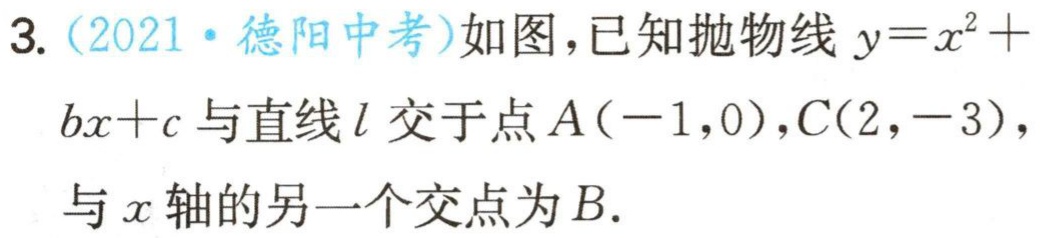
3. (2021·德阳中考)如图，已知抛物线\(y = x^{2}+bx + c\)与直线\(l\)交于点\(A(-1,0)\)，\(C(2,-3)\)，与\(x\)轴的另一个交点为\(B\).